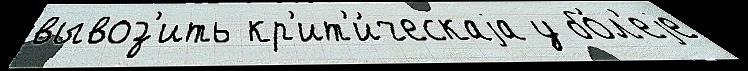
вывоз'ить кр'ит'и́ческаjа у бо́л'еjе